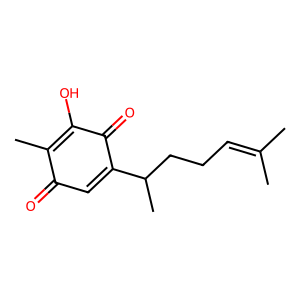
SMILES: CC(C)=CCCC(C)C1=CC(=O)C(C)=C(O)C1=O
Inhibits HIV replication: No